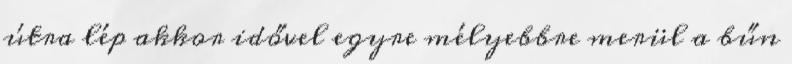
útra lép akkor idővel egyre mélyebbre merül a bűn